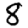
Digit: 8